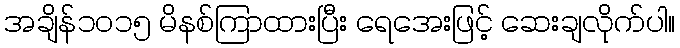
အချိန်၁၀၁၅ မိနစ်ကြာထားပြီး ရေအေးဖြင့် ဆေးချလိုက်ပါ။